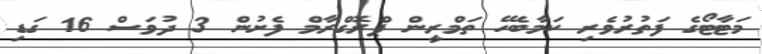
މަޓާޓޯގެ ފަތުރުވެރި ކަމާބެހޭ ތަމްރީން ޕްރޮގްރާމް ފެށުން 3 ދުވަސް 16 ގަޑި